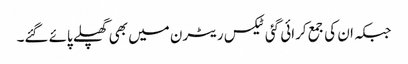
جبکہ ان کی جمع کرائی گئی ٹیکس ریٹرن میں بھی گھپلے پائے گئے۔